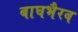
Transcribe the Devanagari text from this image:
बाघभैरव